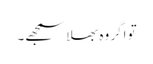
تو اگر وہ بھلا سمجھے۔